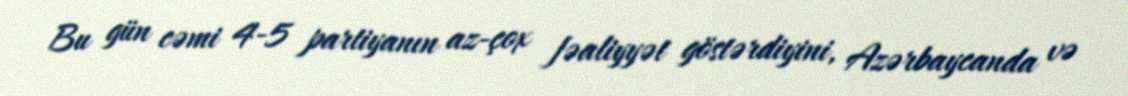
Bu gün cəmi 4-5 partiyanın az-çox fəaliyyət göstərdiyini, Azərbaycanda və